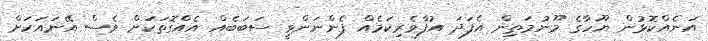
އަނެއްކޮޅުން ޔޫހާގެ މޫނުމަތިން އެފަދަ އުފާވެރިކަމެއް ފެންނަންވީ ސަބަބެއް އެއްގޮތަކަށް ވެސް އޭނައަކަށް